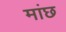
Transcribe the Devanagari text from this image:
मांछ